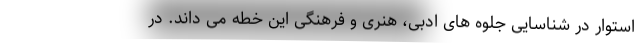
استوار در شناسایی جلوه های ادبی، هنری و فرهنگی این خطه می داند. در